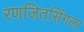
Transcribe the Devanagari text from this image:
रणजितसिंगला